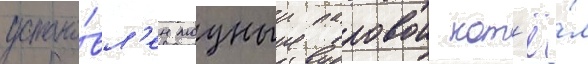
устано́вл'ен мощныи паровои кот'ё́л